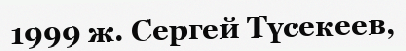
1999 ж. Сергей Түсекеев,